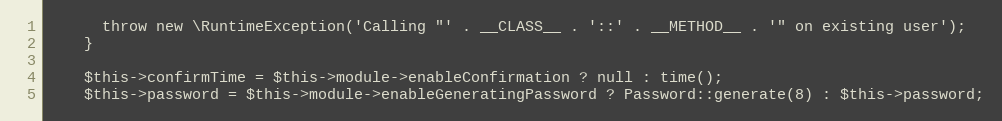
Language: PHP
      throw new \RuntimeException('Calling "' . __CLASS__ . '::' . __METHOD__ . '" on existing user');
    }

    $this->confirmTime = $this->module->enableConfirmation ? null : time();
    $this->password = $this->module->enableGeneratingPassword ? Password::generate(8) : $this->password;